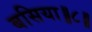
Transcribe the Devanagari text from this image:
बसिया॥८॥